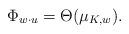
LaTeX: \begin{align*}\Phi_{w\cdot u} = \Theta(\mu_{K,w}).\end{align*}